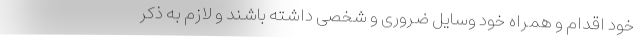
خود اقدام و همراه خود وسایل ضروری و شخصی داشته باشند و لازم به ذکر